Black-water fever - Number 35
Disease focus: Fever
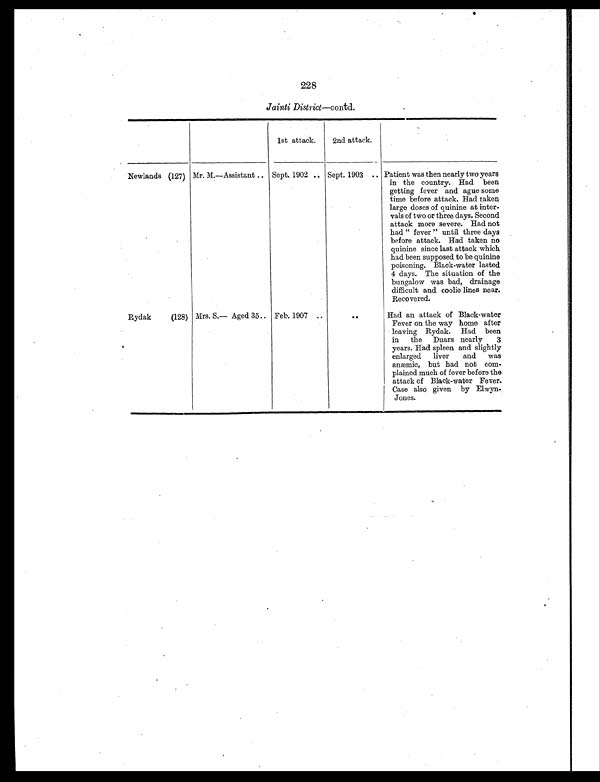
228
Jainti District—contd.
1st attack.
2nd attack.
Newlands (127) Mr. M.—Assistant .. Sept. 1902 .. Sept. 1903 .. Patient was then nearly two years
in the country. Had been
getting fever and ague some
time before attack. Had taken
large doses of quinine at inter-
vals of two or three days. Second
attack more severe. Had not
had "fever" until three days
before attack. Had taken no
quinine since last attack which
had been supposed to be quinine
poisoning. Black-water lasted
4 days. The situation of the
bungalow was bad, drainage
difficult and coolie lines near.
Recovered.
Rydak
(128) Mrs. S.— Aged 35
. .
Feb. 1907 ..
. .
Had an attack of Black-water
Fever on the way home after
leaving Rydak. Had been
in the Duars nearly 3
years. Had spleen and slightly
enlarged liver and was
anæmic, but had not com-
plained much of fever before the
attack of Black-water Fever.
Case also given by Elwyn-
Jones.